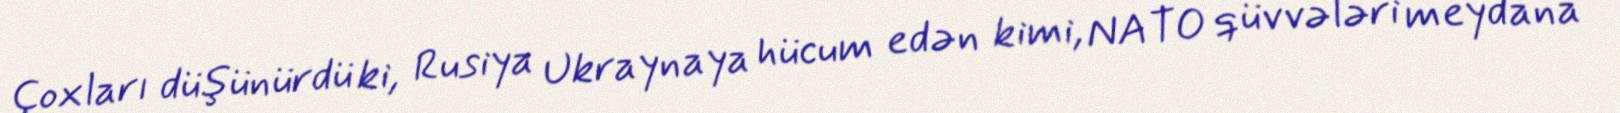
Çoxları düşünürdü ki, Rusiya Ukraynaya hücum edən kimi, NATO qüvvələri meydana